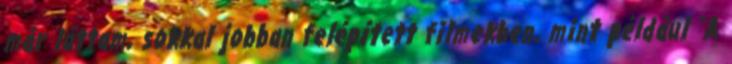
már láttam, sokkal jobban felépített filmekben, mint például "A